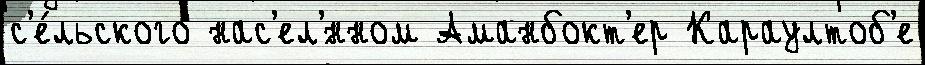
с'е́льского нас'ел'́нном Аманбокт'ер Караултоб'е